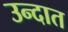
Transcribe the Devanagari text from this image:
उन्दात